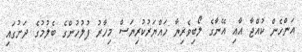
އަންހެން ކުއްޖާ އާއި އޭނާގެ ލޯބިވެރިޔާ ހައްޔަރުކުރިޔަސް މިހާރު ފުލުހުންގެ ބެލުމުގެ ދަށުގައި